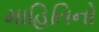
માહિતિનો